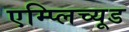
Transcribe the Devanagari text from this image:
एम्प्लिच्यूड